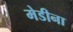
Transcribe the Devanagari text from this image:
मेडीना